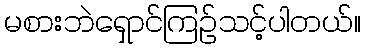
မစားဘဲရှောင်ကြဉ်သင့်ပါတယ်။